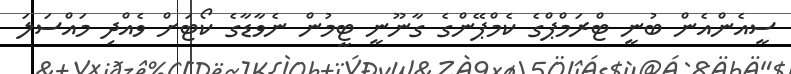
ސީއެންއެން ބުނީ ޓްރަމްޕްގެ ކެމްޕޭންގެ ގާނޫނީ ޓީމުން ނެވާޑާގެ ކޯޓަށް ވެއްދި މައްސަލަ